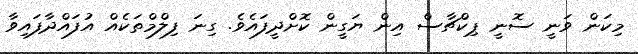
މިކަން ވަނީ ސޮނީ ޕިކްޗާސް އިން ޔަގީން ކޮށްދީފައެވެ. ގިނަ ފިލްމްތަކެއް އުފައްދާފައިވާ